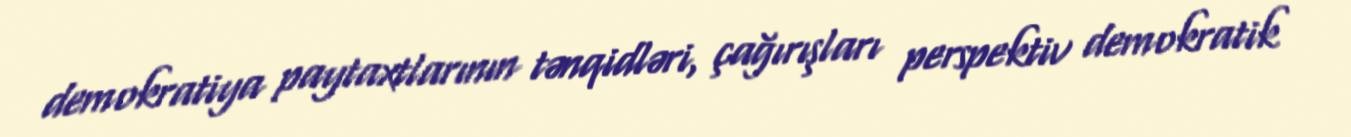
demokratiya paytaxtlarının tənqidləri, çağırışları perspektiv demokratik